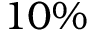
1 0 \%